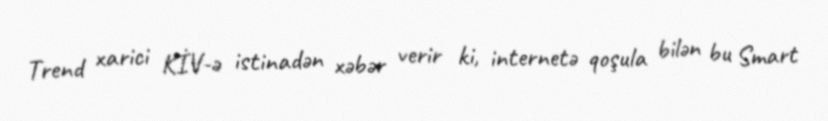
Trend xarici KİV-ə istinadən xəbər verir ki, internetə qoşula bilən bu Smart